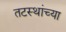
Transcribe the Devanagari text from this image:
तटस्थांच्या